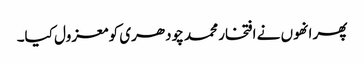
پھر انھوں نے افتخار محمد چودھری کو معزول کیا۔